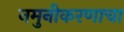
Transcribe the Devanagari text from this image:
नमुनीकरणाचा